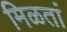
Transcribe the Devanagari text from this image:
मिळतां